Vaccine operations Central Provinces 1868-1885 - 1868-1885
Year: 1868
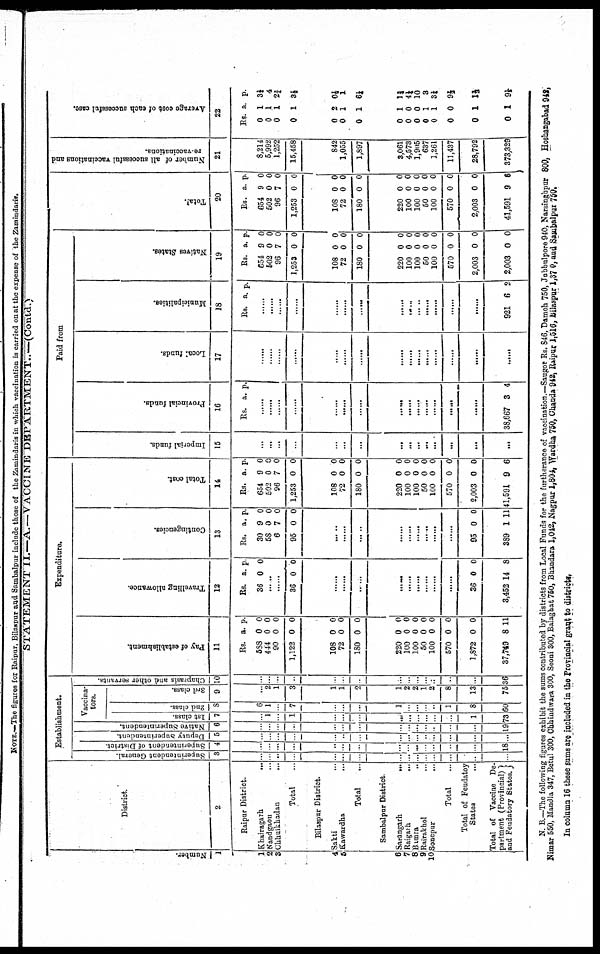
STATEMENT II.—A.—VACCINE DEPARTMENT.—(Contd.)
Number.
1
1
2
3
4
5
6
7
8
9
10
District.
2
Raipur District.
Khairagarh
...
Nandgaon
...
Chhuikhadan ...
Total ...
Bilaspur District.
Sakti ...
Kawardha ...
Total ...
Sambalpur District
Sarangarh ...
Raigarh ...
Bimra ...
Rairakhol
...
Sonepur ...
Total ...
Total of Feudatoy
States ...
Total of Vaccine De-
partment (Provincial)
and Feudatory States.
Establishment.
Superintendent General.
3
...
...
...
...
...
...
...
...
...
...
...
...
...
..
..
Superintendent of District
4
...
...
...
...
...
...
...
...
...
...
...
...
...
..
18
Deputy Superintendent.
5
...
...
...
...
...
...
...
...
...
...
...
...
...
..
...
Native Superintendent.
6
...
...
...
...
...
...
...
...
...
...
...
...
...
...
19
Vaccina¬
tors.
1st class.
7
...
1
...
1
...
...
...
...
...
...
...
...
...
1
73
2nd class.
8
6
1
...
7
...
...
...
1
...
...
...
...
1
8
60
3rd class.
9
...
2
1
3
1
1
2
1
2
2
1
2
8
13
75
Chaprasis and other servants.
10
...
...
...
..
...
...
...
...
...
...
...
...
..
...
36
Expenditure.
Pay of establishment.
11
Rs.
588
444
90
1,122
a.
0
0
0
0
p.
0
0
0
0
108
72
180
0
0
0
0
0
0
220
100
100
50
100
570
1,872
37,749
0
0
0
0
0
0
0
8
0
0
0
0
0
0
0
11
Travelling allowance.
12
Rs.
36
a.
0
p.
0
......
......
36 0 0
......
......
......
......
......
......
......
......
......
36
3,452
0
14
0
8
Contingencies.
13
Rs.
30
58
6
95
a.
9
0
7
0
p.
0
0
0
...
......
......
......
......
......
......
......
......
......
95
389
0
1
0
11
Total cost.
14
Rs.
654
502
96
1,253
a.
9
0
7
0
p.
0
0
0
0
108
72
180
0
0
0
0
0
0
220
100
100
50
100
570
2,003
41,591
0
0
0
0
0
0
0
9
0
0
0
0
0
0
0
6
Paid from
Imperial funds.
15
...
...
...
...
...
...
...
...
...
...
...
...
...
...
...
Provincial funds.
16
Rs. a. p.
......
......
......
......
......
......
......
......
......
......
......
......
......
......
38,667 3 4
Local funds.
17
......
......
......
......
......
......
......
......
......
......
......
......
......
......
......
Municipalities.
18
Rs. a. p.
......
......
......
......
......
......
......
......
......
......
......
......
......
......
921 6 2
Natives States.
19
Rs.
654
502
96
1,253
a.
9
0
7
0
p.
0
0
0
0
108
72
180
0
0
0
0
0
0
220
100
100
50
100
570
2,003
2,003
0
0
0
0
0
0
0
0
0
0
0
0
0
0
0
0
Total.
20
Rs.
654
502
96
1,253
a.
9
0
7
0
p.
0
0
0
0
108
72
180
0
0
0
0
0
0
220
100
100
50
100
570
2,003
41,591
0
0
0
0
0
0
0
9
0
0
0
0
0
0
0
6
Number of all successful vaccinations and
re-vaccinations.
21
8,214
5,992
1,252
15,458
842
1,055
1,897
3,061
4,573
1,905
637
1,261
11,437
28,792
373,329
Average cost of each successful case.
22
Rs.
0
0
0
0
a.
1
1
1
1
p.
3¼
4
2¾
3½
0
0
0
2
1
1
0½
1
6¼
0
0
0
0
0
0
0
0
1
0
0
1
1
0
1
1
1¾
4¼ 10
3
3¼
9½
1½
9½
N. B.—The following figures exhibit the sums contributed by districts from Local Funds for the furtherance of vaccination.—Saugor Rs. 846, Damoh 750, Jubbulpore 940, Narsinghpur 800, Hoshangabad 942,
Nimar 550, Mandla 347, Betul 300, Chhindwara 300, Seoni 300, Balaghat 750, Bhandara 1,042, Nagpur 1,804, Wardha 750, Chanda 942, Raipur 1,516, Bilaspur 1,370, and Sambalpur 750.
In column 16 these sums are included in the Provincial grant to districts.